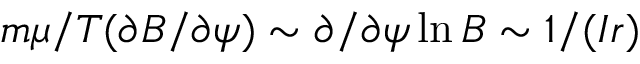
m \mu / T ( \partial B / \partial \psi ) \sim \partial / \partial \psi \ln B \sim 1 / ( I r )